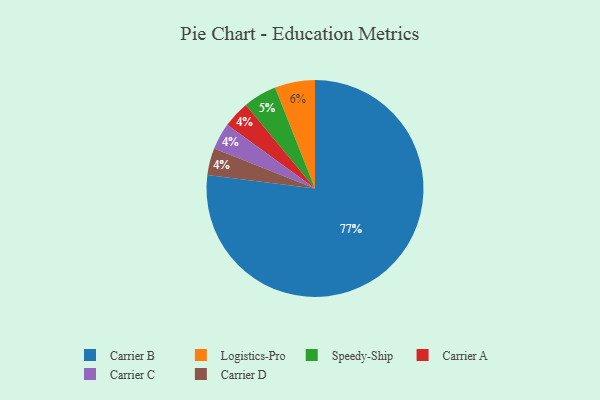
{"axis": {"x": "Category", "y": "Percentage"}, "legend": ["Carrier A", "Carrier B", "Carrier C", "Carrier D", "Logistics-Pro", "Speedy-Ship"], "data": [{"x": "Carrier A", "y": 4, "type": "Carrier A"}, {"x": "Carrier B", "y": 77, "type": "Carrier B"}, {"x": "Carrier C", "y": 4, "type": "Carrier C"}, {"x": "Speedy-Ship", "y": 5, "type": "Speedy-Ship"}, {"x": "Logistics-Pro", "y": 6, "type": "Logistics-Pro"}, {"x": "Carrier D", "y": 4, "type": "Carrier D"}]}